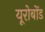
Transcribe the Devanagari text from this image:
यूरोबोंड